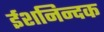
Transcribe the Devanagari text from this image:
ईशनिन्दक